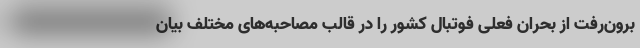
برون‌رفت از بحران فعلی فوتبال کشور را در قالب مصاحبه‌های مختلف بیان